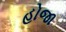
હોજા